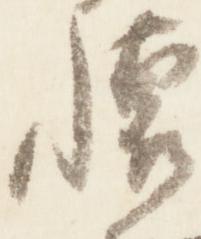
懐